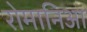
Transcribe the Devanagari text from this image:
रोमानिआ